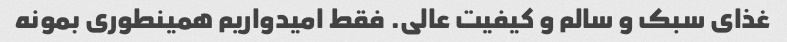
غذای سبک و سالم و کیفیت عالی. فقط امیدواریم همینطوری بمونه